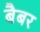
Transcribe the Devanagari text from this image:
बैबर